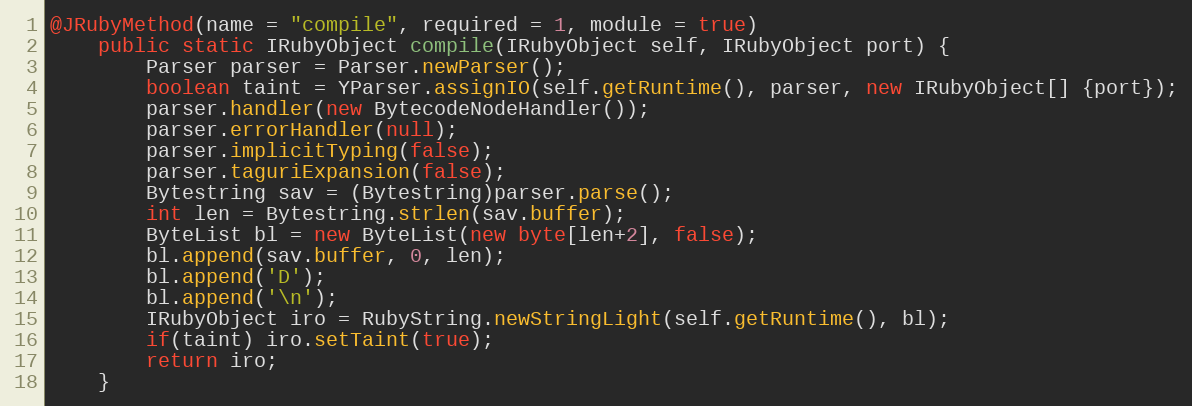
Language: Java
@JRubyMethod(name = "compile", required = 1, module = true)
    public static IRubyObject compile(IRubyObject self, IRubyObject port) {
        Parser parser = Parser.newParser();
        boolean taint = YParser.assignIO(self.getRuntime(), parser, new IRubyObject[] {port});
        parser.handler(new BytecodeNodeHandler());
        parser.errorHandler(null);
        parser.implicitTyping(false);
        parser.taguriExpansion(false);
        Bytestring sav = (Bytestring)parser.parse();
        int len = Bytestring.strlen(sav.buffer);
        ByteList bl = new ByteList(new byte[len+2], false);
        bl.append(sav.buffer, 0, len);
        bl.append('D');
        bl.append('\n');
        IRubyObject iro = RubyString.newStringLight(self.getRuntime(), bl);
        if(taint) iro.setTaint(true);
        return iro;
    }